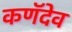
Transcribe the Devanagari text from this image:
कणॅदेव